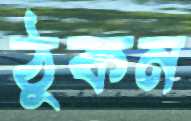
ঠুকন